Vital statistics of India. Vol. IV, Annual returns from 1871 to 1876. British Army of India, Native Army and jails of Bengal
Year: 1871
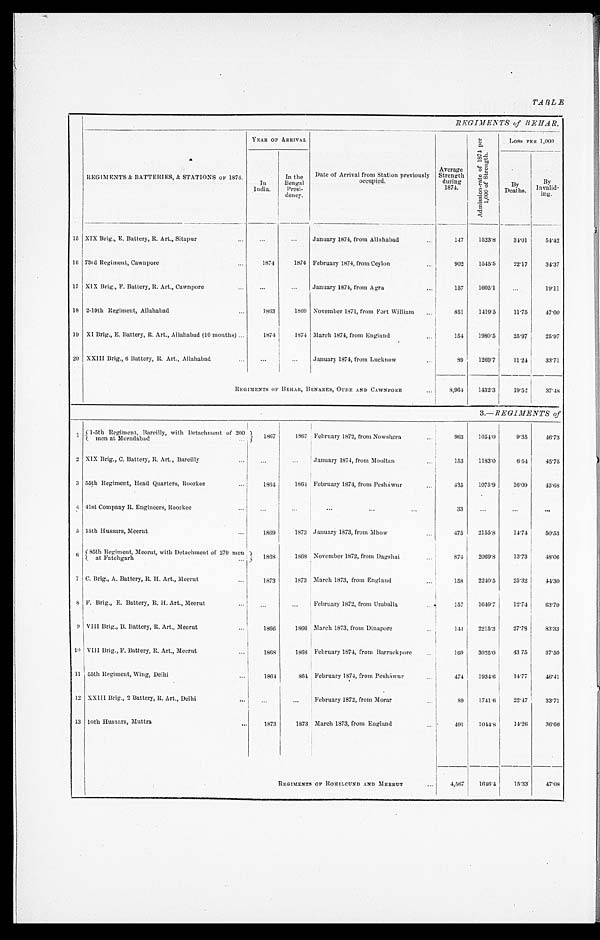
TABLE
REGIMENTS of BEHAR,
REGIMENTS & BATTERIES, & STATIONS OF 1874.
YEAR OF ARRIVAL
Date of Arrival from Station previously
o c c u p i e d .
Average
Strength
during
1874.
A d m i s s i o n - r a t e o f 1 8 7 4 p e r 1 , 0 0 0 o f S t r e n g t h .
L O S S P E R 1 , 0 0 0
In
India.
In the
Bengal
Presi-
dency.
B y D e a t h s .
By
Invalid-
i n g .
15 XIX Brig., E. Battery, R. Art., Sitapur . . .
. . .
. . .
January 1874, from Allahabad . . .
147
1523.8
34.01
54.42
16 73rd Regiment, Cawnpore . . .
1874
1874 February 1874, from Ceylon . . .
902
1545.5
22.17
34.37
17 XIX Brig., F. Battery, R. Art., Cawnpore . . .
. . .
. . .
January 1874, from Agra . . .
157
1605.1
. . .
19.11
18 2-19th Regiment, Allahabad . . .
1 8 6 3 1869 November 1871, from Fort William . . .
851
1419.5
11.75
47.00
19 XI Brig., E. Battery, R. Art., Allahabad (10 months) . . .
1874
1874 March 1874, from England . . .
154
1980.5
25.97
25.97
20 XXIII Brig., 6 Battery, R. Art., Allahabad . . . . . .
. . . January 1874, from Lucknow . . .
89
1269.7
11.24
33.71
REGIMENTS OF BEHAR, BENARES, OUDE AND CAWNPORE . . .
8,964
1432.3
19.52
37.48
3.—REGIMENTS of
1
1-5th Regiment, Bareilly, with Detachment of 200
m e n a t M o r a d a b a d . . .
1867
1867 February 1872, from Nowshera . . .
963
1054.0
9.35
46.73
2 XIX Brig., C. Battery, R. Art., Bareilly . . .
. . .
. . . January 1874, from Mooltan . . .
153
1183.0
6 . 5 4 45.75
3 55th Regiment, Head Quarters, Roorkee . . .
1864
1864 February 1874, from Pesháwur . . .
435
1075.9
16.09
43.68
4 41st Company R. Engineers, Roorkee . . .
. . .
. . .
. . .
33
. . .
. . .
. . .
5 15th Hussars, Meerut . . .
1869
1873 January 1873, from Mhow . . .
475
2155.8
14.74
50.53
6 85th Regiment, Meerut, with Detachment of 279 men
a t F a t e h g a r h . . .
1868
1868 November 1872, from Dagshai . . .
874
2069.8
13.73
48.06
7 C. Brig., A. Battery, R. H. Art., Meerut . . .
1873
1873 March 1873, from England . . .
158
2240.5
25.32
44.30
8 F. Brig., E. Battery, R. H. Art., Meerut . . .
. . .
. . . February 1872, from Umballa . . .
157
1649.7
12.74
63.70
9 VIII Brig., B. Battery, R. Art., Meerut . . .
1866
1866 March 1873, from Dinapore . . .
141
2215.3
2 7 . 7 8
83.33
10 VIII Brig., F. Battery, R. Art., Meerut . . . 1868
1868 February 1874, from Barrackpore . . .
160
3025.0
43.75
37.50
11 5 5 t h R e g i m e n t , W i n g , D e l h i . . .
1864
864 February 1874, from Pesháwur . . .
474
1934.6
1 4 . 7 7
46.41
12 XXIII Brig., 2 Battery, R. Art., Delhi . . .
. . .
. . .
F e b r u a r y 1 8 7 2 , f r o m M o r a r . . .
89
1741.6
22.47
33.71
13 10th Hussars, Muttra . . .
1873
1873 March 1873, from England . . .
491
1044.8
14.26
36.66
REGIMENTS OF ROHILCUND AND MEERUT . . .
4,567
1646.4
15.33
47.08